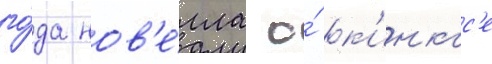
го́да нов'е́лла о́ к'инкас'е